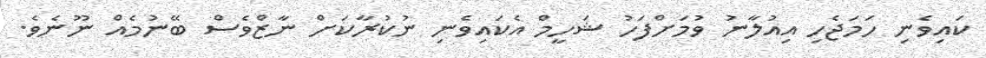
ކައިވެނި ހަމަޖެހި އިއުލާނު ވުމަށްފަހު ޝަހީމް އެކައިވެނި ނުކުރާކަށް ނާޒްވެސް ބޭނުމެއް ނޫނެވެ.